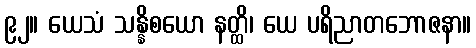
၉၂။ ယေသံ သန္နိစယော နတ္ထိ၊ ယေ ပရိညာတဘောဇနာ။